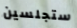
ستجلسين